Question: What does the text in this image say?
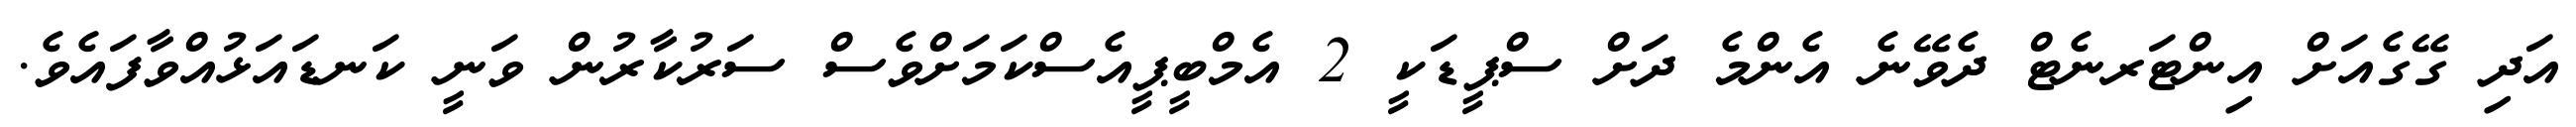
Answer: އަދި ގޭގެއަށް އިންޓަރނެޓް ދެވޭނެ އެންމެ ދަށް ސްޕީޑަކީ 2 އެމްބީޕީއެސްކަމަށްވެސް ސަރުކާރުން ވަނީ ކަނޑައަޅުއްވާފައެވެ.